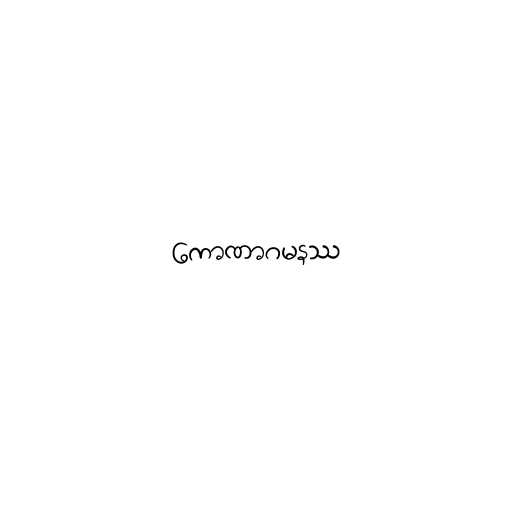
ကောဏာဂမနဿ